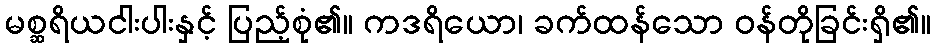
မစ္ဆရိယငါးပါးနှင့် ပြည့်စုံ၏။ ကဒရိယော၊ ခက်ထန်သော ဝန်တိုခြင်းရှိ၏။